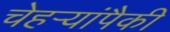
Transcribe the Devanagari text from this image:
चेहऱ्यांपैकी